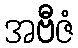
အဗီဇံ